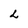
Character: L